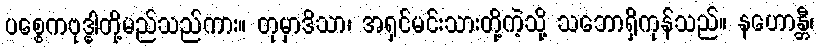
ပစ္စေကဗုဒ္ဓါတို့မည်သည်ကား။ တုမှာဒိသာ၊ အရှင်မင်းသားတို့ကဲ့သို့ သဘောရှိကုန်သည်။ နဟောန္တီ၊